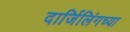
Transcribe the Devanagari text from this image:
दार्जिलिंगच्या